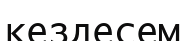
кездесем